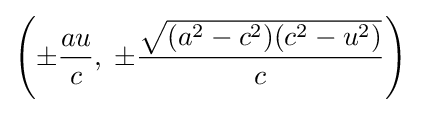
\left(\pm {\frac {au}{c}},\;\pm {\frac {\sqrt {(a^{2}-c^{2})(c^{2}-u^{2})}}{c}}\right)